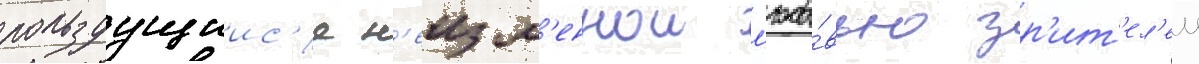
пользуущиис'я н'еизм'еннои л'юбо́вью зр'ит'ел'еи